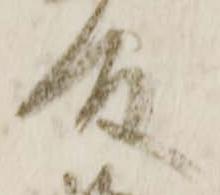
殿